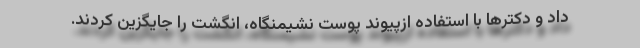
داد و دکترها با استفاده ازپیوند پوست نشیمنگاه، انگشت را جایگزین کردند.